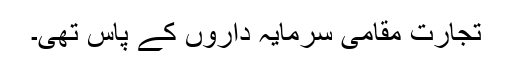
تجارت مقامی سرمایہ داروں کے پاس تھی۔